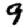
Digit: 9